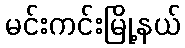
မင်းကင်းမြို့နယ်